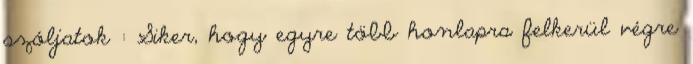
szóljatok : Siker, hogy egyre több honlapra felkerül végre